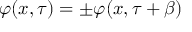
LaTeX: \varphi ( x , \tau ) = \pm \varphi ( x , \tau + \beta )